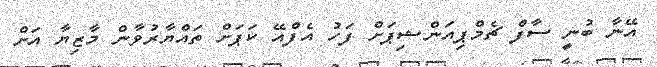
އޭނާ ބުނީ ސާފް ޗެމްޕިއަންޝިޕަށް ފަހު އެފްއޭ ކަޕަށް ތައްޔާރުވާން މާޒިޔާ އަށް